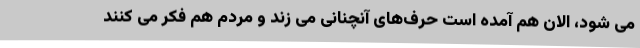
می شود، الان هم آمده است حرف‌های آنچنانی می زند و مردم هم فکر می کنند